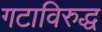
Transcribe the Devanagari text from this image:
गटाविरुद्ध